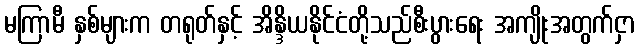
မကြာမီ နှစ်များက တရုတ်နှင့် အိန္ဒိယနိုင်ငံတို့သည်စီးပွားရေး အကျိုးအတွက်ငှာ